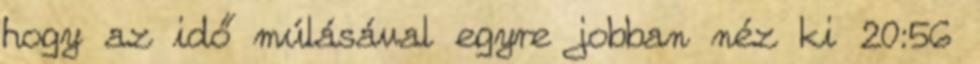
hogy az idő múlásával egyre jobban néz ki 20:56